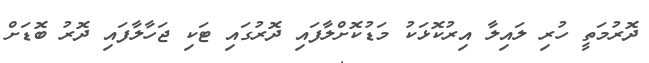
ދޮރުމަތީ ހުރި ލައިލާ އިރުކޮޅަކު މަޑުކޮށްލާފައި ދޮރުގައި ޓަކި ޖަހާލާފައި ދޮރު ބޮޑަށް